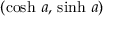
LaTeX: ( \cosh \, a , \, \sinh \, a )